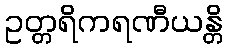
ဥတ္တရိကရဏီယန္တိ